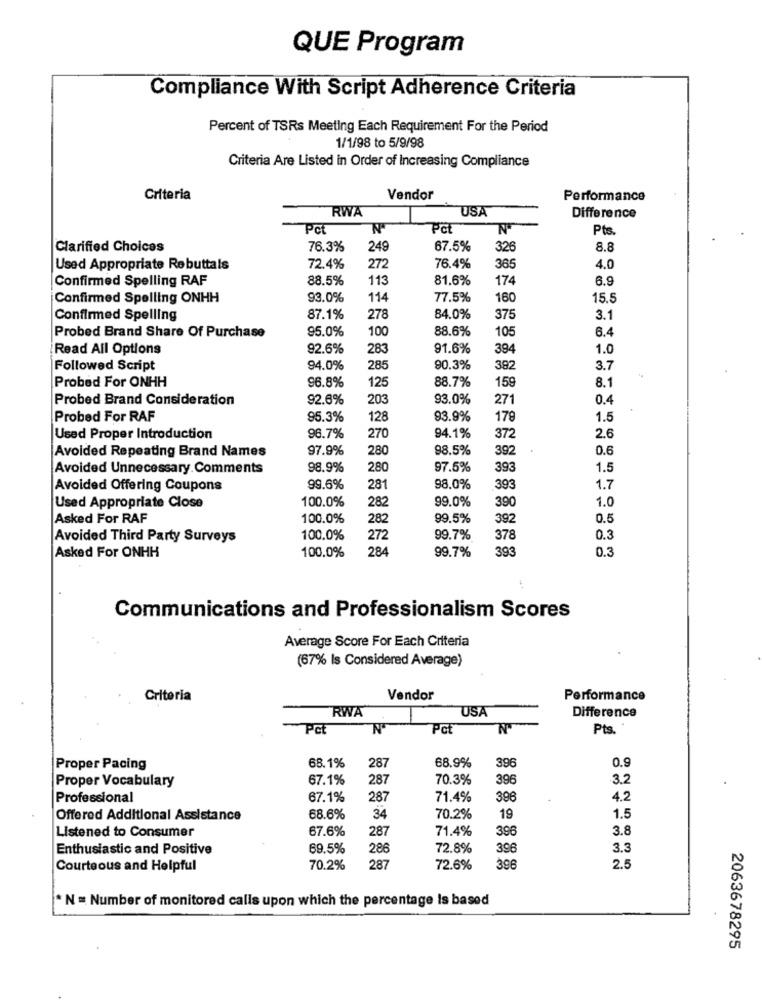
QUE Program
Compliance With Script Adherence Criteria
Percent of TSRs Meeting Each Requirement For the Period
1/1/98 to 5/9/98
Criteria Are Listed in Order of Increasing Compliance
Criteria
Vendor
Performance
RWA
USA
Difference
Pct
N
Pct
Pts.
Clarified Choices
76.3%
249
67.5%
326
8.8
Used Appropriate Rebuttals
72.4%
272
76.4%
365
4.0
Confirmed Spelling RAF
88.5%
113
81.6%
174
6.9
Confirmed Spelling ONHH
93.0%
114
77.5%
160
15.5
Confirmed Spelling
87.1%
278
84.0%
375
3.1
100
88.6%
105
6.4
Probed Brand Share Of Purchase
95.0%
Read All Options
92.6%
283
91.6%
394
1.0
Followed Script
94.0%
285
90.3%
38:
3.7
125
88.7%
159
8.1
Probed For ONHH
96.8%
Probed Brand Consideration
92.6%
203
93.0%
271
0.4
Probed For RAF
95.3%
128
93.9%
179
1.5
Used Proper Introduction
96.7%
270
94.1%
37
2.6
Avoided Repeating Brand Names
97.9%
280
98.5%
392
0.6
Avoided Unnecessary. Comments
98.9%
280
97.5%
39
1.5
Avoided Offering Coupons
99.6%
281
98.0%
393
1.7
100.0%
282
99.0%
390
1.0
Used Appropriate Close
Asked For RAF
100.0%
282
99.5%
392
0.5
Avoided Third Party Surveys
100.0%
272
99.7%
378
0.3
100.0%
284
99.7%
393
0.3
Asked For ONHH
Communications and Professionalism Scores
Average Score For Each Criteria
(67% Is Considered Average)
Criteria
Vendor
Performance
RWA
USA
Difference
Pct
N
Pct
Pts.
68.1%
68.9%
396
0.9
Proper Pacing
287
Proper Vocabulary
67.1%
287
70.3%
396
32
Professional
67.1%
287
71.4%
396
4.2
Offered Additional Assistance
68.6%
34
70.2%
19
1.5
67.6%
287
71.4%
396
3.8
Listened to Consumer
Enthusiastic and Positive
69.5%
286
72.8%
396
3.3
Courteous and Helpful
70.2%
287
72.6%
396
2.5
* N = Number of monitored calls upon which the percentage Is based
2063678295